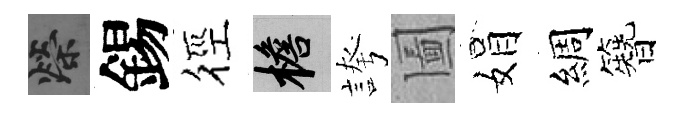
榮錫徑檐誇圗娟綢簪